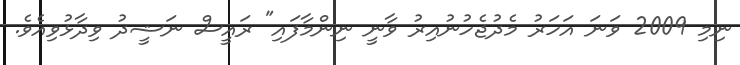
ނިމި 2009 ވަނަ އަހަރު މެދުޖެހުނުއިރު ވާނީ ނިންމާފައި" ރައީސް ނަޝީދު ވިދާޅުވިއެވެ.